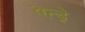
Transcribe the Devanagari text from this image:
ऐन्ड्रे